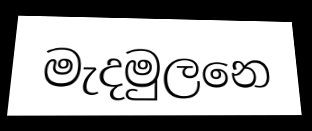
මැදමුලනෙ